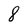
Character: 8